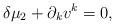
LaTeX: \begin{align*}\delta \mu _{2}+\partial _{k}v^{k}=0, \end{align*}